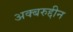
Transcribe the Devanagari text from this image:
अक्बरुद्दीन